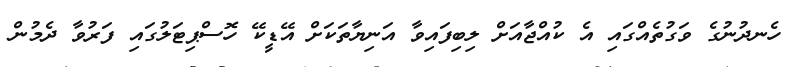
ހެނދުނުގެ ވަގުތެއްގައި އެ ކުއްޖާއަށް ލިިބިފައިވާ އަނިޔާތަކަށް އޭޑީކޭ ހޮސްޕިޓަލުގައި ފަރުވާ ދެމުން